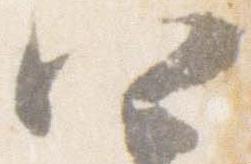
四